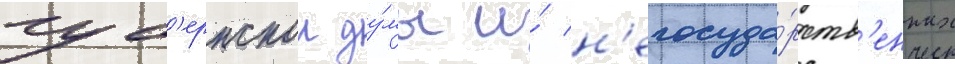
губ'ернскои ду́мы и́ н'егосуда́рств'енных